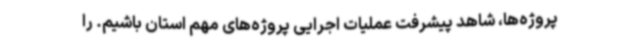
پروژه‌ها، شاهد پیشرفت عملیات اجرایی پروژه‌های مهم استان باشیم. را